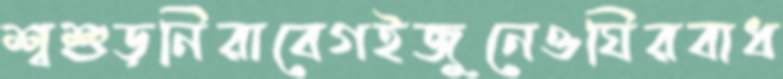
শ্বশুড়নিরাবেগইজুনেওঘিরবাধ